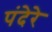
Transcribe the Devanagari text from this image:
पंदेरे